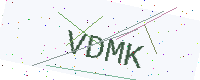
Text: VDMK